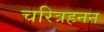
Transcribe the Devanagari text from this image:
चरित्रहनन